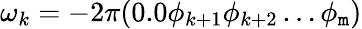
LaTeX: \omega_{k}=-2\pi(0.0\phi_{k+1}\phi_{k+2}\ldots\phi_{\mathtt{m}})